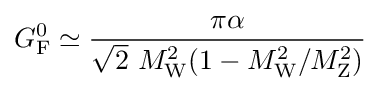
G_{\rm {F}}^{0}\simeq {\frac {\pi \alpha }{{\sqrt {2}}~M_{\rm {W}}^{2}(1-M_{\rm {W}}^{2}/M_{\rm {Z}}^{2})}}